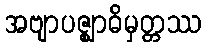
အဗျာပဇ္ဈာဓိမှတ္တဿ